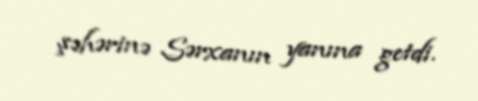
şəhərinə Sərxanın yanına getdi.